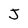
Character: J